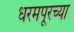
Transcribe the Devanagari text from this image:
धरमपूरच्या